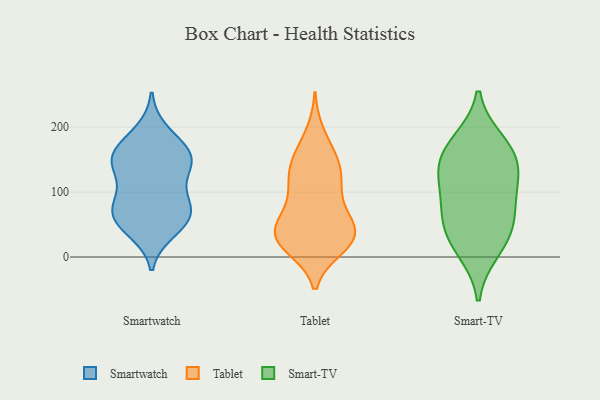
{"axis": {"x": "Gross Profit (USD K)", "y": "Value"}, "legend": ["Smart-TV", "Smartwatch", "Tablet"], "data": [{"x": "", "y": 68, "type": "Smartwatch"}, {"x": "", "y": 97, "type": "Smartwatch"}, {"x": "", "y": 153, "type": "Smartwatch"}, {"x": "", "y": 158, "type": "Smartwatch"}, {"x": "", "y": 90, "type": "Smartwatch"}, {"x": "", "y": 150, "type": "Smartwatch"}, {"x": "", "y": 143, "type": "Smartwatch"}, {"x": "", "y": 47, "type": "Smartwatch"}, {"x": "", "y": 64, "type": "Smartwatch"}, {"x": "", "y": 127, "type": "Smartwatch"}, {"x": "", "y": 193, "type": "Smartwatch"}, {"x": "", "y": 151, "type": "Smartwatch"}, {"x": "", "y": 66, "type": "Smartwatch"}, {"x": "", "y": 68, "type": "Smartwatch"}, {"x": "", "y": 40, "type": "Smartwatch"}, {"x": "", "y": 173, "type": "Smartwatch"}, {"x": "", "y": 59, "type": "Tablet"}, {"x": "", "y": 154, "type": "Tablet"}, {"x": "", "y": 189, "type": "Tablet"}, {"x": "", "y": 40, "type": "Tablet"}, {"x": "", "y": 21, "type": "Tablet"}, {"x": "", "y": 156, "type": "Tablet"}, {"x": "", "y": 129, "type": "Tablet"}, {"x": "", "y": 139, "type": "Tablet"}, {"x": "", "y": 33, "type": "Tablet"}, {"x": "", "y": 16, "type": "Tablet"}, {"x": "", "y": 49, "type": "Tablet"}, {"x": "", "y": 24, "type": "Tablet"}, {"x": "", "y": 109, "type": "Tablet"}, {"x": "", "y": 37, "type": "Tablet"}, {"x": "", "y": 76, "type": "Tablet"}, {"x": "", "y": 23, "type": "Tablet"}, {"x": "", "y": 37, "type": "Tablet"}, {"x": "", "y": 121, "type": "Tablet"}, {"x": "", "y": 98, "type": "Tablet"}, {"x": "", "y": 89, "type": "Smart-TV"}, {"x": "", "y": 11, "type": "Smart-TV"}, {"x": "", "y": 30, "type": "Smart-TV"}, {"x": "", "y": 148, "type": "Smart-TV"}, {"x": "", "y": 128, "type": "Smart-TV"}, {"x": "", "y": 51, "type": "Smart-TV"}, {"x": "", "y": 66, "type": "Smart-TV"}, {"x": "", "y": 123, "type": "Smart-TV"}, {"x": "", "y": 177, "type": "Smart-TV"}, {"x": "", "y": 167, "type": "Smart-TV"}]}